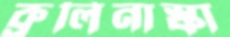
ব্রুলিনাস্কা